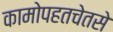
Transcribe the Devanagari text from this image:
कामोपहतचेतसे